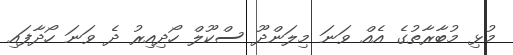
މުޅި މުބާރާތުގެ އެއް ވަނަ މިލަންދޫ ސްކޫލް ހޯދިއިރު ދެ ވަނަ ހޯދާފައި